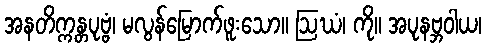
အနတိက္ကန္တပုဗ္ဗံ၊ မလွန်မြောက်ဖူးသော။ ဩဃံ၊ ကို။ အပုနဗ္ဘဝါယ၊